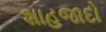
શાહજાદો